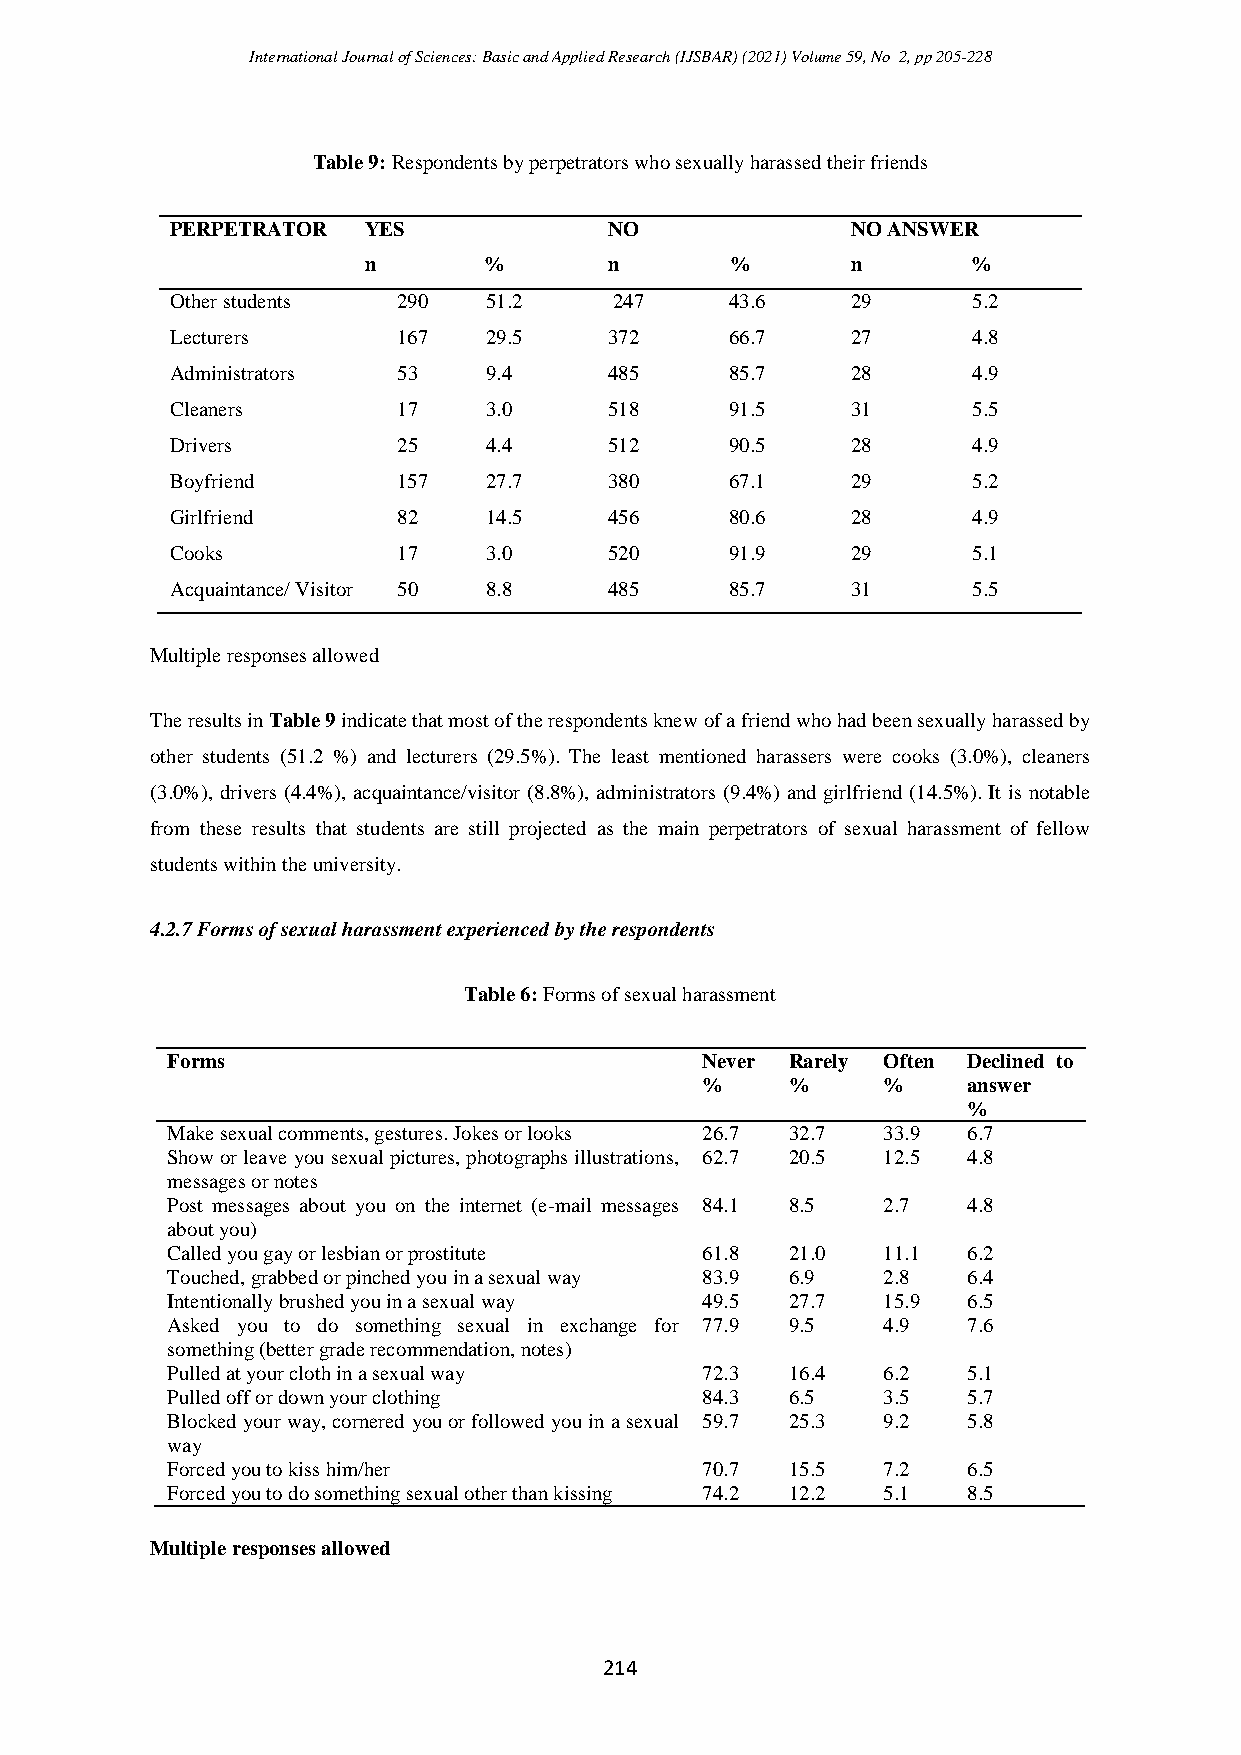
International Journal of Sciences: Basic and Applied Research (IJSBAR) (2021) Volume 59, No 2, pp 205-228
 Table 9: Respondents by perpetrators who sexually harassed their friends
 PERPETRATOR  YES             NO              NO ANSWER
 n       %       n       %       n       %
 Other students 290   51.2     247    43.6    29      5.2
 Lecturers      167   29.5    372     66.7    27      4.8
 Administrators 53    9.4     485     85.7    28      4.9
 Cleaners       17    3.0     518     91.5    31      5.5
 Drivers        25    4.4     512     90.5    28      4.9
 Boyfriend      157   27.7    380     67.1    29      5.2
 Girlfriend     82    14.5    456     80.6    28      4.9
 Cooks          17    3.0     520     91.9    29      5.1
 Acquaintance/ Visitor 50 8.8 485     85.7    31      5.5
 Multiple responses allowed
 The results in Table 9 indicate that most of the respondents knew of a friend who had been sexually harassed by
 other students (51.2 %) and lecturers (29.5%). The least mentioned harassers were cooks (3.0%), cleaners
 (3.0%), drivers (4.4%), acquaintance/visitor (8.8%), administrators (9.4%) and girlfriend (14.5%). It is notable
 from these results that students are still projected as the main perpetrators of sexual harassment of fellow
 students within the university.
 4.2.7 Forms of sexual harassment experienced by the respondents
 Table 6: Forms of sexual harassment
 Forms                              Never Rarely Often Declined to
 %     %     %     answer
 %
 Make sexual comments, gestures. Jokes or looks 26.7 32.7 33.9 6.7
 Show or leave you sexual pictures, photographs illustrations, 62.7 20.5 12.5 4.8
 messages or notes
 Post messages about you on the internet (e-mail messages 84.1 8.5 2.7 4.8
 about you)
 Called you gay or lesbian or prostitute 61.8 21.0 11.1 6.2
 Touched, grabbed or pinched you in a sexual way 83.9 6.9 2.8 6.4
 Intentionally brushed you in a sexual way 49.5 27.7 15.9 6.5
 Asked you to do something sexual in exchange for 77.9 9.5 4.9 7.6
 something (better grade recommendation, notes)
 Pulled at your cloth in a sexual way 72.3 16.4 6.2   5.1
 Pulled off or down your clothing   84.3  6.5   3.5   5.7
 Blocked your way, cornered you or followed you in a sexual 59.7 25.3 9.2 5.8
 way
 Forced you to kiss him/her         70.7  15.5  7.2   6.5
 Forced you to do something sexual other than kissing 74.2 12.2 5.1 8.5
 Multiple responses allowed
 214